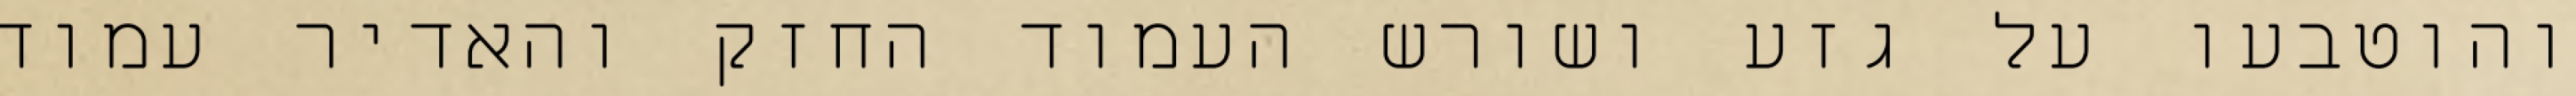
והוטבעו על גזע ושורש העמוד החזק והאדיר עמוד